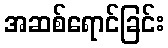
အဆစ်ရောင်ခြင်း